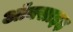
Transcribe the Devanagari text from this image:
ऑक्साइड़